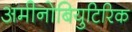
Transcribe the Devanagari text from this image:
अमीनोबियुटिरिक